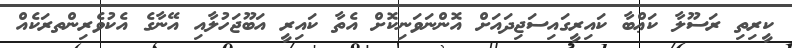
ކީރިތި ރަސޫލާ ކަޢްބާ ކައިރީގައިސަޖިދައަށް އޮންނަވަނިކޮށް އެތާ ކައިރީ އަބޫޖަހުލާއި އޭނާގެ އެކުވެރިންތރަކެއް